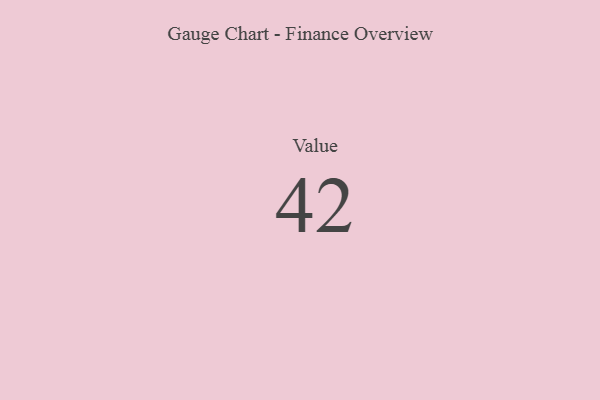
{"axis": {"x": "Metric", "y": "Value"}, "legend": [""], "data": [{"x": "Value", "y": 42, "type": ""}]}